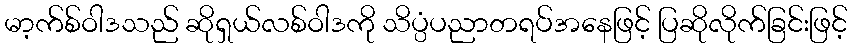
မာ့က်စ်ဝါဒသည် ဆိုရှယ်လစ်ဝါဒကို သိပ္ပံပညာတရပ်အနေဖြင့် ပြဆိုလိုက်ခြင်းဖြင့်